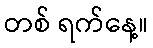
တစ် ရက်နေ့။